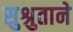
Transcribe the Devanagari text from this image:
सुश्रुताने